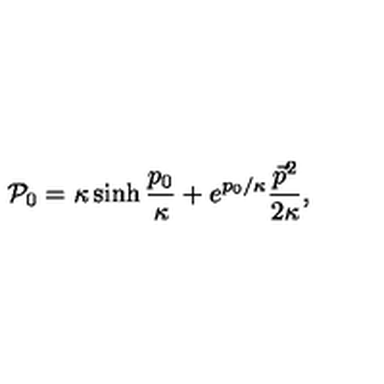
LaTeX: { \cal P } _ { 0 } = \kappa \sinh \frac { p _ { 0 } } \kappa + e ^ { p _ { 0 } / \kappa } \frac { \vec { p } { } ^ { 2 } } { 2 \kappa } ,